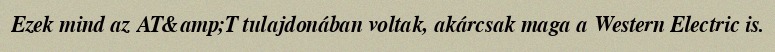
Ezek mind az AT&amp;T tulajdonában voltak, akárcsak maga a Western Electric is.